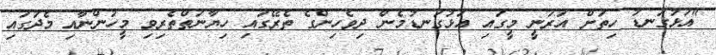
"އަޅުގަނޑު ހިތަށް އަރަނީ މީގައި އަޅުގަނޑުމެން ދިވެހިންގެ ތެރޭގައި ހިޔާނަތްތެރިވި މީހުންނާއި މެދުގައި